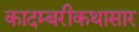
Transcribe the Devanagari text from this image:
कादम्बरीकथासार